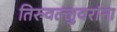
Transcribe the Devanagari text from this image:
तिरुवल्लुवरांना